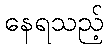
နေရသည့်